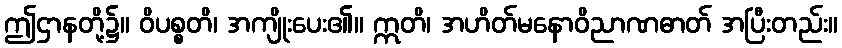
ဤဌာနတို့၌။ ဝိပစ္စတိ၊ အကျိုးပေး၏။ ဣတိ၊ အဟိတ်မနောဝိညာဏဓာတ် အပြီးတည်း။